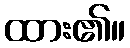
ထား၏။